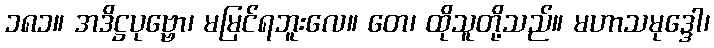
၁၈၁။ အဒိဋ္ဌပုဗ္ဗော၊ မမြင်ရဘူးလေ။ တေ၊ ထိုသူတို့သည်။ မဟာသမုဒ္ဒေါ၊